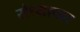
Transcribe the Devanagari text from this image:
संध्याचार